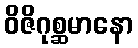
ဝိဇိဂုစ္ဆမာနော